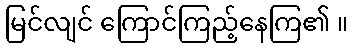
မြင်လျင် ကြောင်ကြည့်နေကြ၏ ။